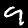
Digit: 9